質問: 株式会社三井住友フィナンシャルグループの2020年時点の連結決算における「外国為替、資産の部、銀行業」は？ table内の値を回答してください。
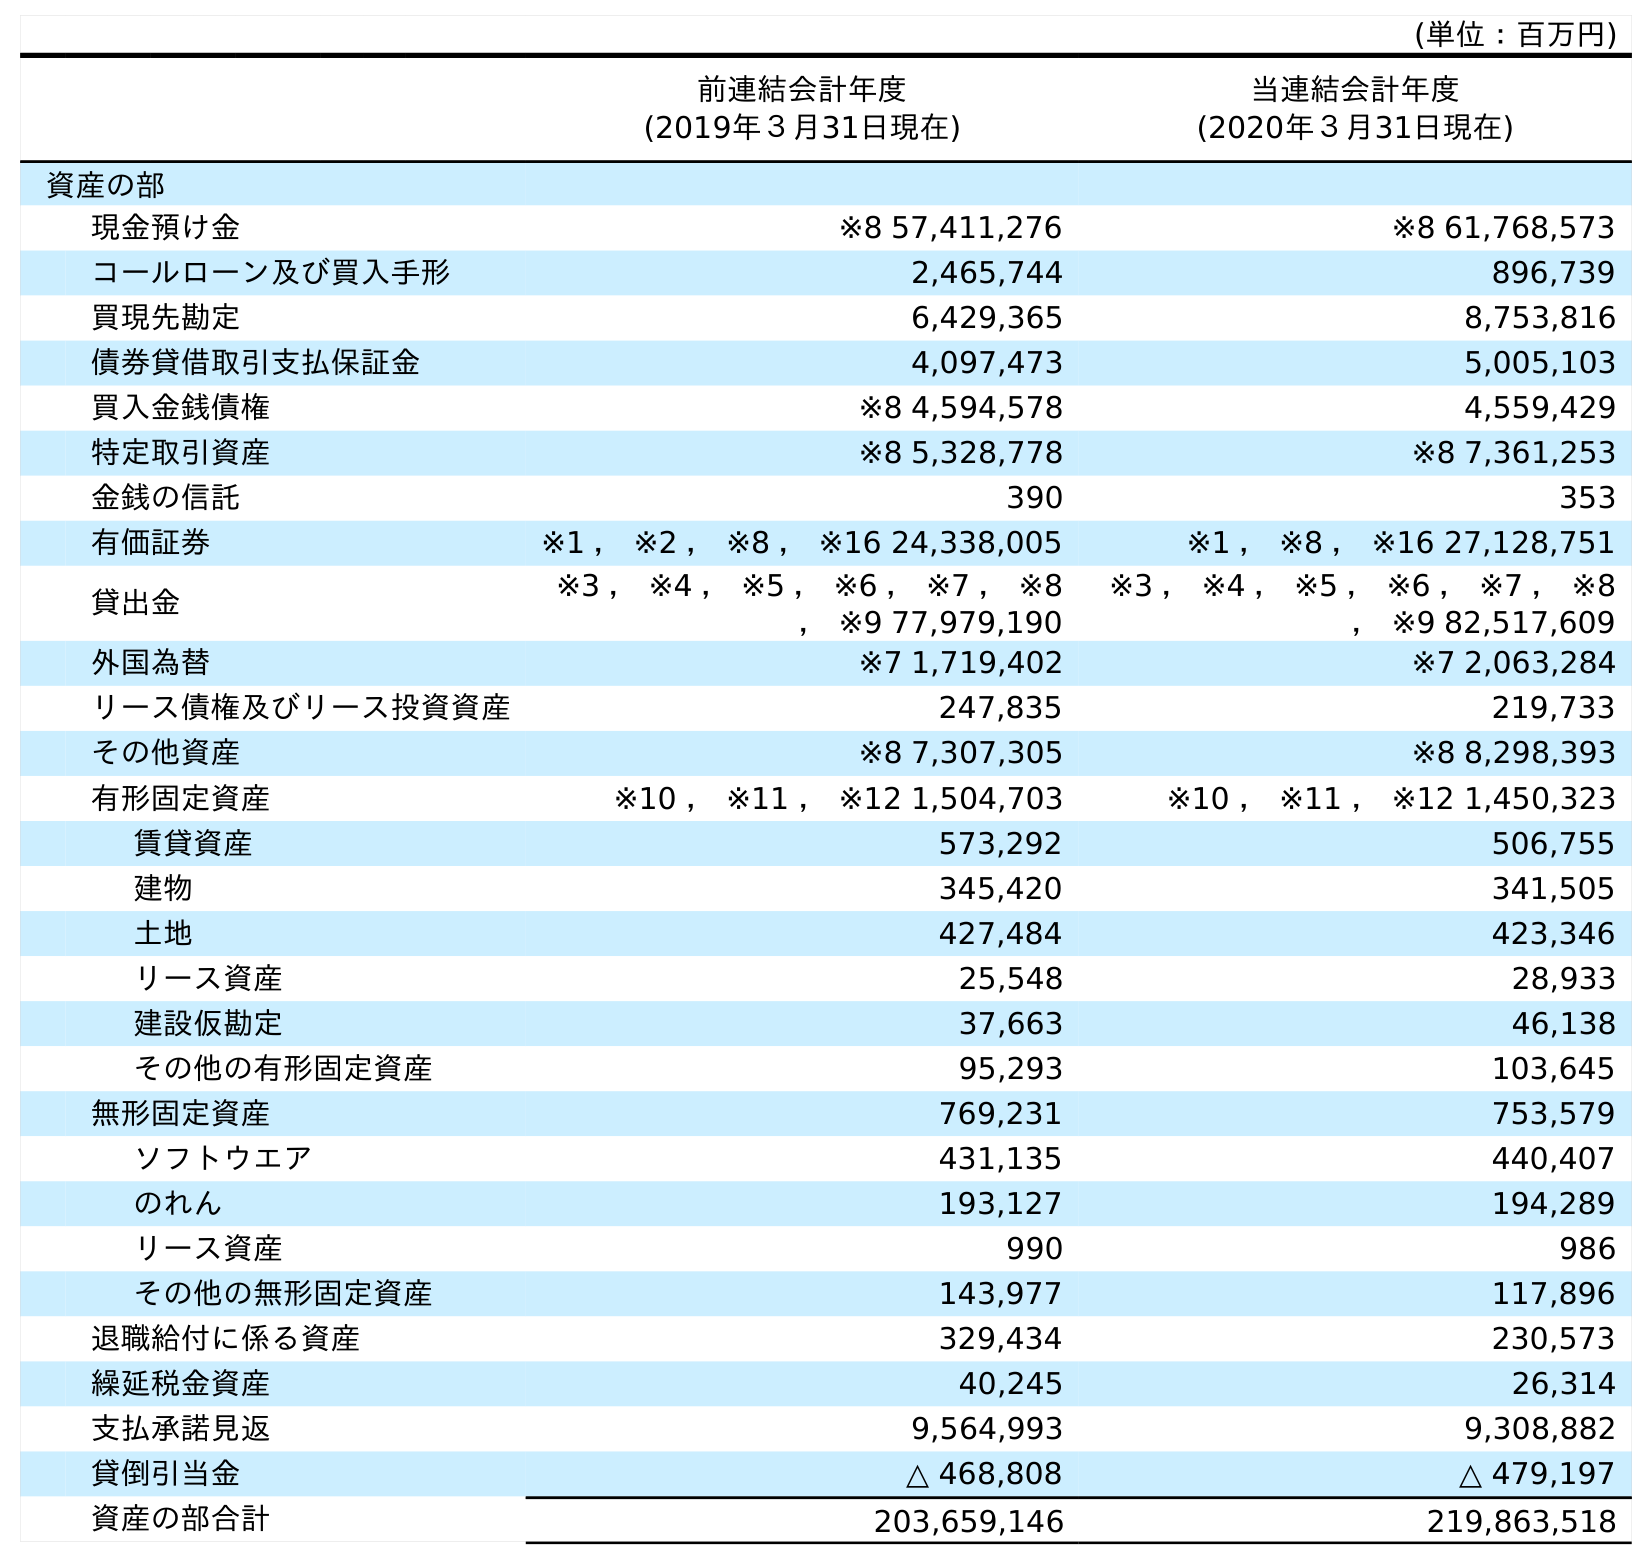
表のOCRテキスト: (単位：百万円) 前連結会計年度 (2019年３月31日現在) 当連結会計年度 (2020年３月31日現在) 資産の部 現金預け金 ※8 57,411,276 ※8 61,768,573 コールローン及び買入手形 2,465,744 896,739 買現先勘定 6,429,365 8,753,816 債券貸借取引支払保証金 4,097,473 5,005,103 買入金銭債権 ※8 4,594,578 4,559,429 特定取引資産 ※8 5,328,778 ※8 7,361,253 金銭の信託 390 353 有価証券 ※1 ， ※2 ， ※8 ， ※16 24,338,005 ※1 ， ※8 ， ※16 27,128,751 貸出金 ※3 ， ※4 ， ※5 ， ※6 ， ※7 ， ※8 ， ※9 77,979,190 ※3 ， ※4 ， ※5 ， ※6 ， ※7 ， ※8 ， ※9 82,517,609 外国為替 ※7 1,719,402 ※7 2,063,284 リース債権及びリース投資資産 247,835 219,733 その他資産 ※8 7,307,305 ※8 8,298,393 有形固定資産 ※10 ， ※11 ， ※12 1,504,703 ※10 ， ※11 ， ※12 1,450,323 賃貸資産 573,292 506,755 建物 345,420 341,505 土地 427,484 423,346 リース資産 25,548 28,933 建設仮勘定 37,663 46,138 その他の有形固定資産 95,293 103,645 無形固定資産 769,231 753,579 ソフトウエア 431,135 440,407 のれん 193,127 194,289 リース資産 990 986 その他の無形固定資産 143,977 117,896 退職給付に係る資産 329,434 230,573 繰延税金資産 40,245 26,314 支払承諾見返 9,564,993 9,308,882 貸倒引当金 △ 468,808 △ 479,197 資産の部合計 203,659,146 219,863,518
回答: ※72,063,284